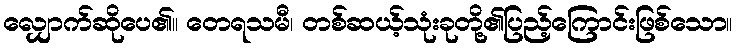
လျှောက်ဆိုပေ၏။ တေရသမီ၊ တစ်ဆယ့်သုံးခုတို့၏ပြည့်ကြောင်းဖြစ်သော။